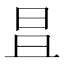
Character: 𣅣